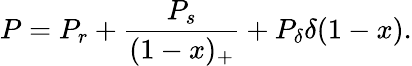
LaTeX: P=P_{r}+\frac{P_{s}}{(1-x)_{+}}+P_{\delta}\delta(1-x).